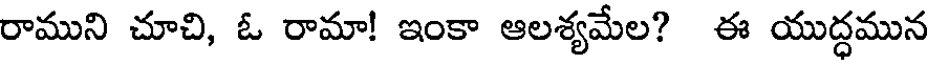
రాముని చూచి, ఓ రామా! ఇంకా ఆలశ్యమేల? ఈ యుద్ధమున